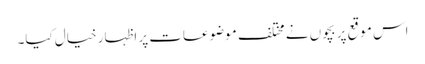
اس موقع پر بچوں نے مختلف موضوعات پر اظہارِ خیال کیا۔